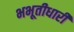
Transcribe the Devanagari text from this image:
भभूतीधारी